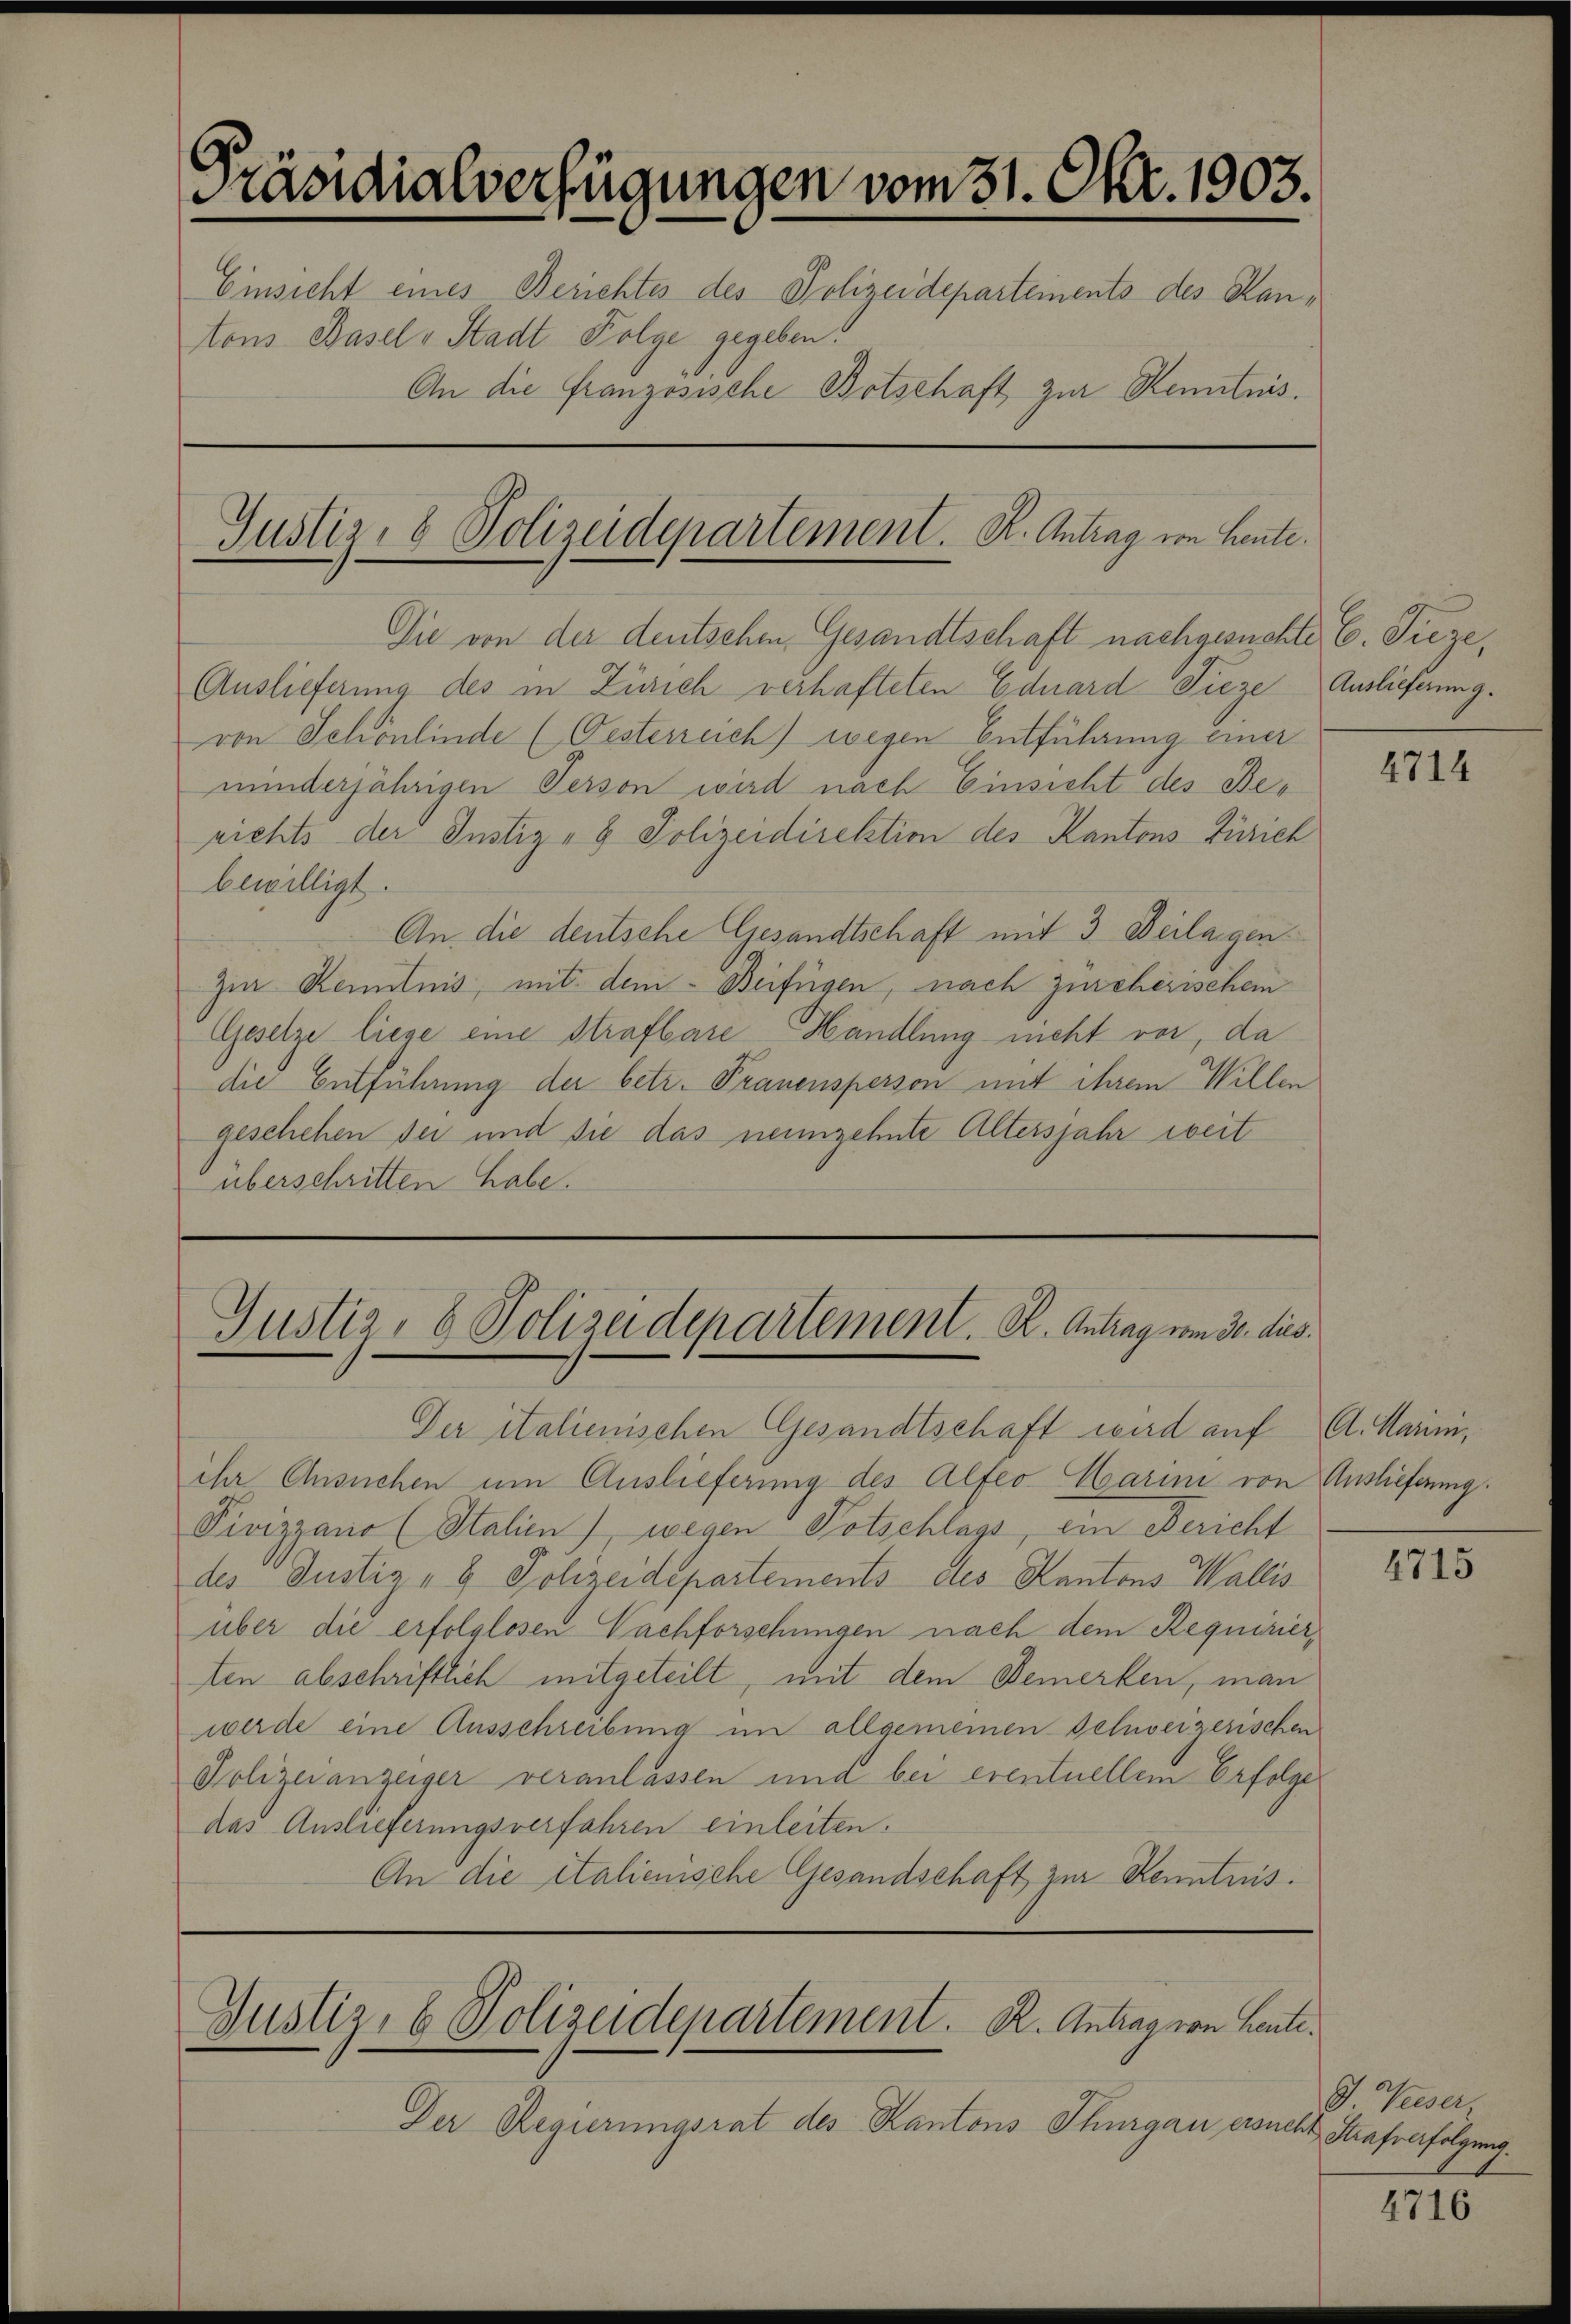
Präsidialverfügungen vom 31. Okt. 1903.
Einsicht eines Berichtes des Polizeideparteinents des Kantons Basel v. Stadt Folge gegeben.
An die französische Botschaft zur Kenntnis.

Auslieferung des in Zürich verhafteten Eduard Lieze
von Schönlinde (Oesterreich) wegen Entführung einer
minderjährigen Person wird nach Einsicht des Berichts der Justiz- & Polizeidirektion des Kantons Zürich
bewilligt.
An die deutsche Gesandtschaft mit 3 Beilagen
Zur Kenntnis, mit dem Beifügen, nach Zürcherischem
Gesetze liege eine Strafbare Handlung nicht vor, da
die Entführung der betr. Trauensperson mit ihrem Willen
geschehen sei und sie das neunzehnte Altersjahr weit
überschritten habe.

Justiz- & Polizeidepartement. K. Antrag von Leute.
Die von der deutschen Gesandtschaft nachgesuchte, C. Pieze,

Justiz- & Polizeidepartement. K. Antrag vom 30. dus.

Der italienischen Gesandtschaft wird auf A. Marini,
ihr Ansuchen um Auslieferung des Alfeo Marin von Auslieferung
Pivizzano (Stalien) wegen Totschlags, ein Bericht
des Justiz- & Polizeidepartements des Kantons Wallis
über die erfolglosen Nachforschungen nach dem Requirier,
ten abschriftlich mitgeteilt, mit dem Bemerken, man
werde eine Ausschreibung im allgemeinen Schweizerischen
Polizeianzeiger veranlassen und bei eventuellem Erfolge
das Auslieferungsverfahren einleiten.
An die italienische Gesandschaft zur Kenntnis.

Der Regierungsrat des Kantons Thurgau ersucht, Strafverfolgung.

Justiz- & Polizeidepartement. K. Antrag von Leute.

Auslieferung.

4714

4715

G. Wieser,

4716